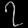
Digit: ၇